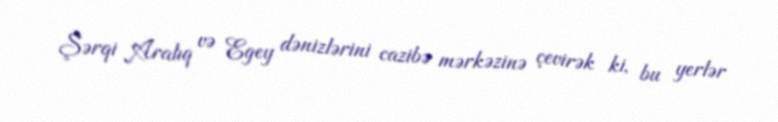
Şərqi Aralıq və Egey dənizlərini cazibə mərkəzinə çevirək ki, bu yerlər